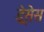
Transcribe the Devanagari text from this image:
ड्रेसेस